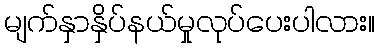
မျက်နှာနှိပ်နယ်မှုလုပ်ပေးပါလား။